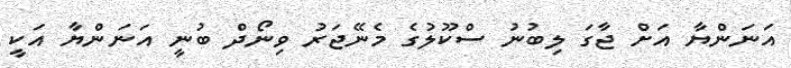
އަނަންޔާ އަށް ޖާގަ ލިބުނު ސްކޫލުގެ މެނޭޖަރު ވިނޯދް ބުނީ އަނަންޔާ އަކީ